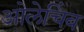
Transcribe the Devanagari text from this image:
ओलेचिंब